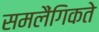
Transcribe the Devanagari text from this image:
समलैंगिकते